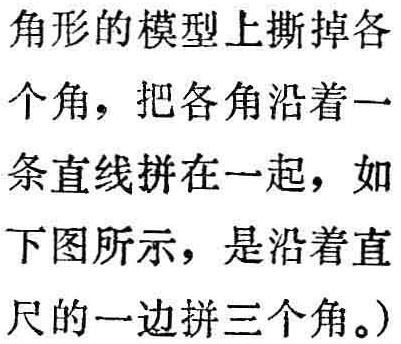
角形的模型上撕掉各

个角，把各角沿着一

条直线拼在一起，如

下图所示，是沿着直

尺的一边拼三个角。）